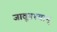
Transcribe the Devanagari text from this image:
जावूनश्यान्